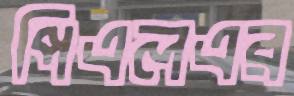
পিএলএর